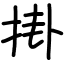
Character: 掛